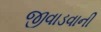
જીવાડવાની